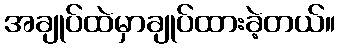
အချုပ်ထဲမှာချုပ်ထားခဲ့တယ်။